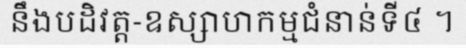
នឹងបដិវត្ត-ឧស្សាហកម្មជំនាន់ទី៤ ។